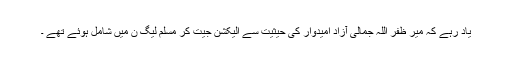
یاد رہے کہ میر ظفر اللہ جمالی آزاد امیدوار کی حیثیت سے الیکشن جیت کر مسلم لیگ ن میں شامل ہوئے تھے ۔